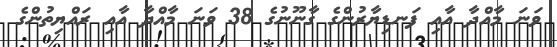
ވަނަ މާއްދާ އާއި ފަނޑިޔާރުންގެ ގާނޫނުގެ 38 ވަނަ މާއްދާ އާއި ރައްޔިތުންގެ